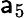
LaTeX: \mathsf{a}_{5}